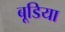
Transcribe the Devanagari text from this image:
बूडिया